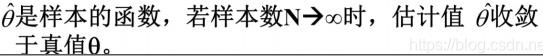
$\hat{\theta}$是样本的函数，若样本数$\mathbf{N}\to\infty$时，估计值$\hat{\theta}$收敛于真值$\theta$。